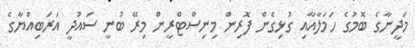
މަދީނާގެ ބޮމުގެ ހަމަލާއާއި ގުޅިގެން ފޮރިން މިނިސްޓްރީން މިރޭ ބުނީ ސައުދީ އަރަބިއްޔާގެ